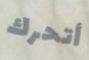
أتحرك